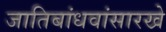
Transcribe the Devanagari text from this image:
जातिबांधवांसारखे